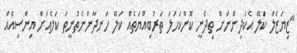
"ޒިޔަޒެލް ކަލޭ އެކުދިންނަށް ތިދެނީ ކޮންކަހަލަ ތަރުބިއްޔަތެއް ކަލޭ ހަނދާންނެތުނީތަ ކަލެއަށް އިންސިއެއް